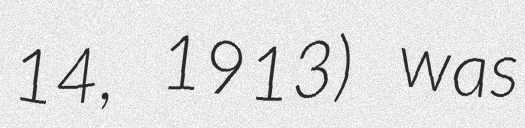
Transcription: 14, 1913) was